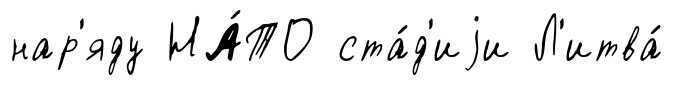
нар'яду НА́ТО ста́д'иjи Л'итва́